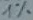
Text: 1%